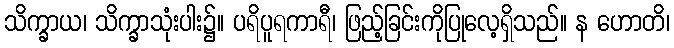
သိက္ခာယ၊ သိက္ခာသုံးပါး၌။ ပရိပူရကာရီ၊ ဖြည့်ခြင်းကိုပြုလေ့ရှိသည်။ န ဟောတိ၊